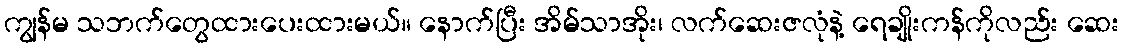
ကျွန်မ သဘက်တွေထားပေးထားမယ်။ နောက်ပြီး အိမ်သာအိုး၊ လက်ဆေးဇလုံနဲ့ ရေချိုးကန်ကိုလည်း ဆေး